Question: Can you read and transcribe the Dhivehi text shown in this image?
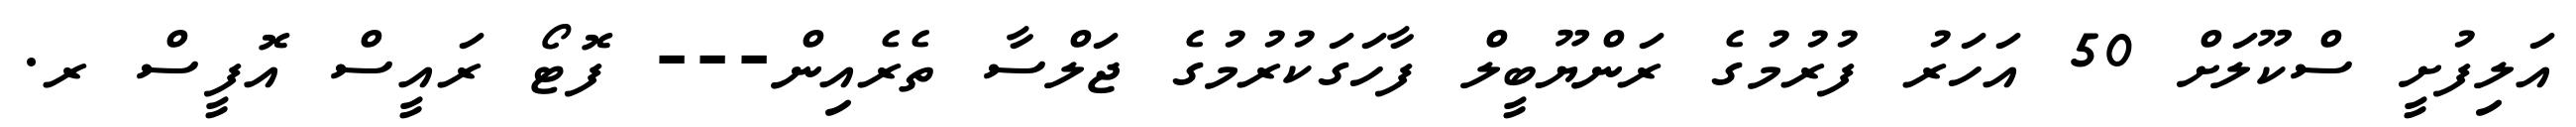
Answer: އަލިފުށީ ސްކޫލަށް 50 އަހަރު ފުރުމުގެ ރަންޔޫބީލް ފާހަގަކުރުމުގެ ޖަލްސާ ތެރެއިން--- ފޮޓޯ ރައީސް އޮފީސް ރ.